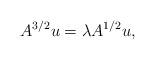
LaTeX: \begin{align*}A^{3/2}u=\lambda A^{1/2}u,\end{align*}